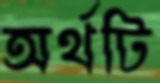
অর্থটি